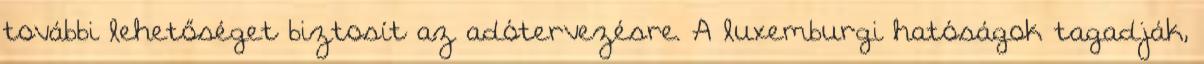
további lehetőséget biztosít az adótervezésre. A luxemburgi hatóságok tagadják,